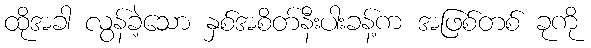
ထိုအခါ လွန်ခဲ့သော နှစ်အစိတ်နီးပါးခန့်က အဖြစ်တစ် ခုကို